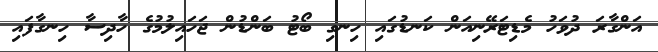
އަންގާރަ ދުވަހު މެޑިޓަރޭނިއަން ކަނޑުގައި ހިނގި ބޯޓު ބަންޑުން ޖަހައިލުމުގެ ހާދިސާ ހިނގާފައި